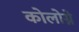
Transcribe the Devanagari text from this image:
कोलोग्ने